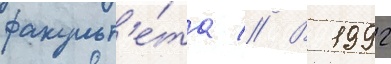
факульт'е́та // В 1992